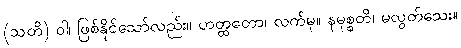
(သတိ) ဝါ၊ ဖြစ်နိုင်သော်လည်း။ ဟတ္ထတော၊ လက်မှ။ နမုစ္စတိ၊ မလွတ်သေး။